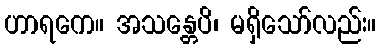
ဟာရကေ။ အသန္တေပိ၊ မရှိသော်လည်း။